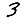
Digit: 3